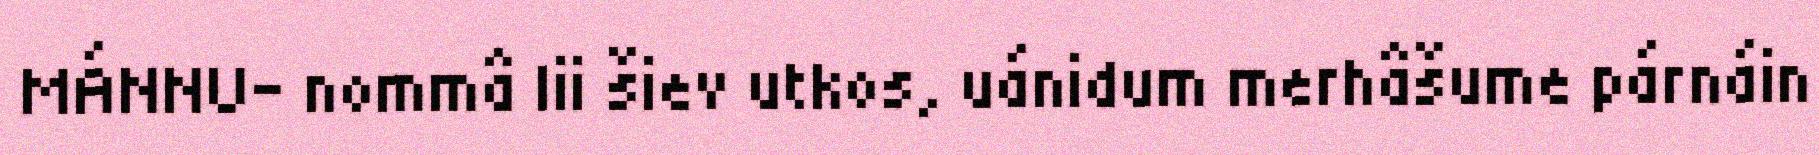
MÁNNU- nommâ lii šiev utkos, uánidum merhâšume párnáin